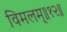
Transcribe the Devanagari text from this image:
विमलम्॥१२॥